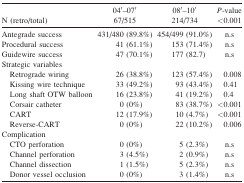
<table><thead><tr><td><b>N (retro/total)</b></td><td><b>04′–07′ 67/515</b></td><td><b>08′–10′ 214/734</b></td><td><b><i>P</i>-value &lt;0.001</b></td></tr></thead><tbody><tr><td>Antegrade success</td><td>431/480 (89.8%)</td><td>454/499 (91.0%)</td><td>n.s</td></tr><tr><td>Procedural success</td><td>41 (61.1%)</td><td>153 (71.4%)</td><td>n.s</td></tr><tr><td>Guidewire success</td><td>47 (70.1%)</td><td>177 (82.7)</td><td>n.s</td></tr><tr><td colspan="4">Strategic variables</td></tr><tr><td> Retrograde wiring</td><td>26 (38.8%)</td><td>123 (57.4%)</td><td>0.008</td></tr><tr><td> Kissing wire technique</td><td>33 (49.2%)</td><td>93 (43.4%)</td><td>0.41</td></tr><tr><td> Long shaft OTW balloon</td><td>16 (23.8%)</td><td>41 (19.2%)</td><td>0.4</td></tr><tr><td> Corsair catheter</td><td>0 (0%)</td><td>83 (38.7%)</td><td>&lt;0.001</td></tr><tr><td> CART</td><td>12 (17.9%)</td><td>10 (4.7%)</td><td>&lt;0.001</td></tr><tr><td> Reverse-CART</td><td>0 (0%)</td><td>22 (10.2%)</td><td>0.006</td></tr><tr><td colspan="4">Complication</td></tr><tr><td> CTO perforation</td><td>0 (0%)</td><td>5 (2.3%)</td><td>n.s</td></tr><tr><td> Channel perforation</td><td>3 (4.5%)</td><td>2 (0.9%)</td><td>n.s</td></tr><tr><td> Channel dissection</td><td>1 (1.5%)</td><td>5 (2.3%)</td><td>n.s</td></tr><tr><td> Donor vessel occlusion</td><td>0 (0%)</td><td>3 (1.4%)</td><td>n.s</td></tr></tbody></table>